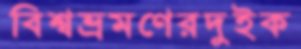
বিশ্বভ্রমণেরদুইক